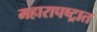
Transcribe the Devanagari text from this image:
महारापष्ट्रात